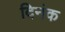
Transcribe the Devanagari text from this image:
दिनंक